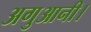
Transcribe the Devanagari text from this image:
अगुआनी।